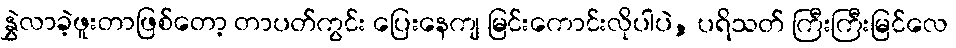
နွှဲလာခဲ့ဖူးတာဖြစ်တော့ တာပတ်ကွင်း ပြေးနေကျ မြင်းကောင်းလိုပါပဲ, ပရိသတ် ကြီးကြီးမြင်လေ